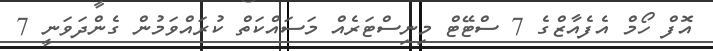
އޮފް ހޯމް އެފެއާޒްގެ 7 ސްޓޭޓް މިނިސްޓަރެއް މަސައްކަތް ކުރައްވަމުން ގެންދަވަނީ 7